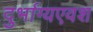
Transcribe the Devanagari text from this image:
दुर्भाग्यएवश